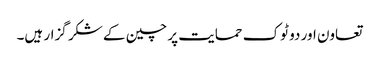
تعاون اور دو ٹوک حمایت پر چین کے شکر گزار ہیں۔